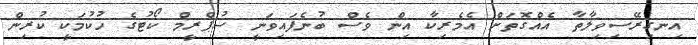
އިނގިރޭސިވިލާތާ އެއްގޮތަށް އެމެރިކާ އިން ވެސް ބުނެފައިވަނީ ސުޕްރީމް ކޯޓުގެ ހުކުމަކީ ކުރިން